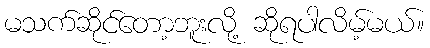
မသက်ဆိုင်တော့ဘူးလို့ ဆိုရပါလိမ့်မယ်။